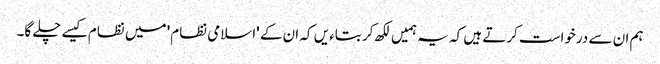
ہم ان سے درخواست کرتے ہیں کہ یہ ہمیں لکھ کر بتاءیں کہ ان کے 'اسلامی نظام' میں نظام کیسے چلے گا۔